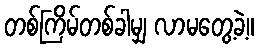
တစ်ကြိမ်တစ်ခါမျှ လာမတွေ့ခဲ့။